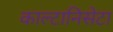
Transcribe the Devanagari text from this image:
काल्टानिसेटा